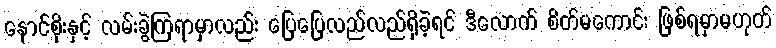
နောင်စိုးနှင့် လမ်းခွဲကြရာမှာလည်း ပြေပြေလည်လည်ရှိခဲ့ရင် ဒီလောက် စိတ်မကောင်း ဖြစ်ရမှာမဟုတ်